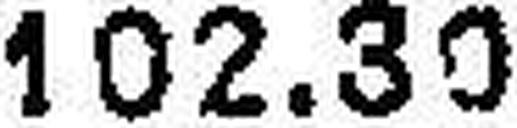
102.30